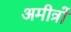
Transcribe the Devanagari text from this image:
अमीत्रों